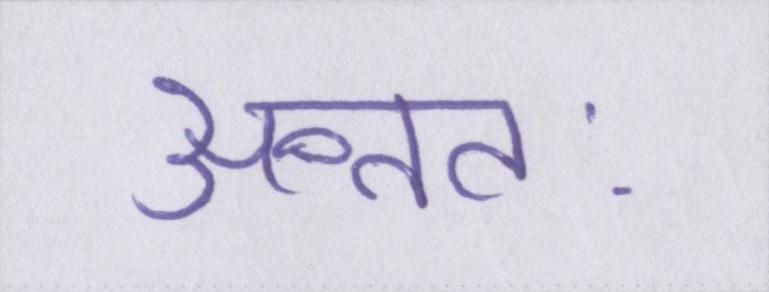
अन्ततः